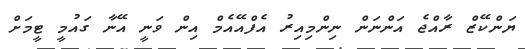
ޔަންކޭޒް ރާއްޖެ އަންނަން ނިންމިއިރު އެފްއޭއެމް އިން ވަނީ އޭނާ ގައުމީ ޓީމަށް